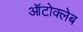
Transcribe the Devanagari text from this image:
ऑटोक्लेब